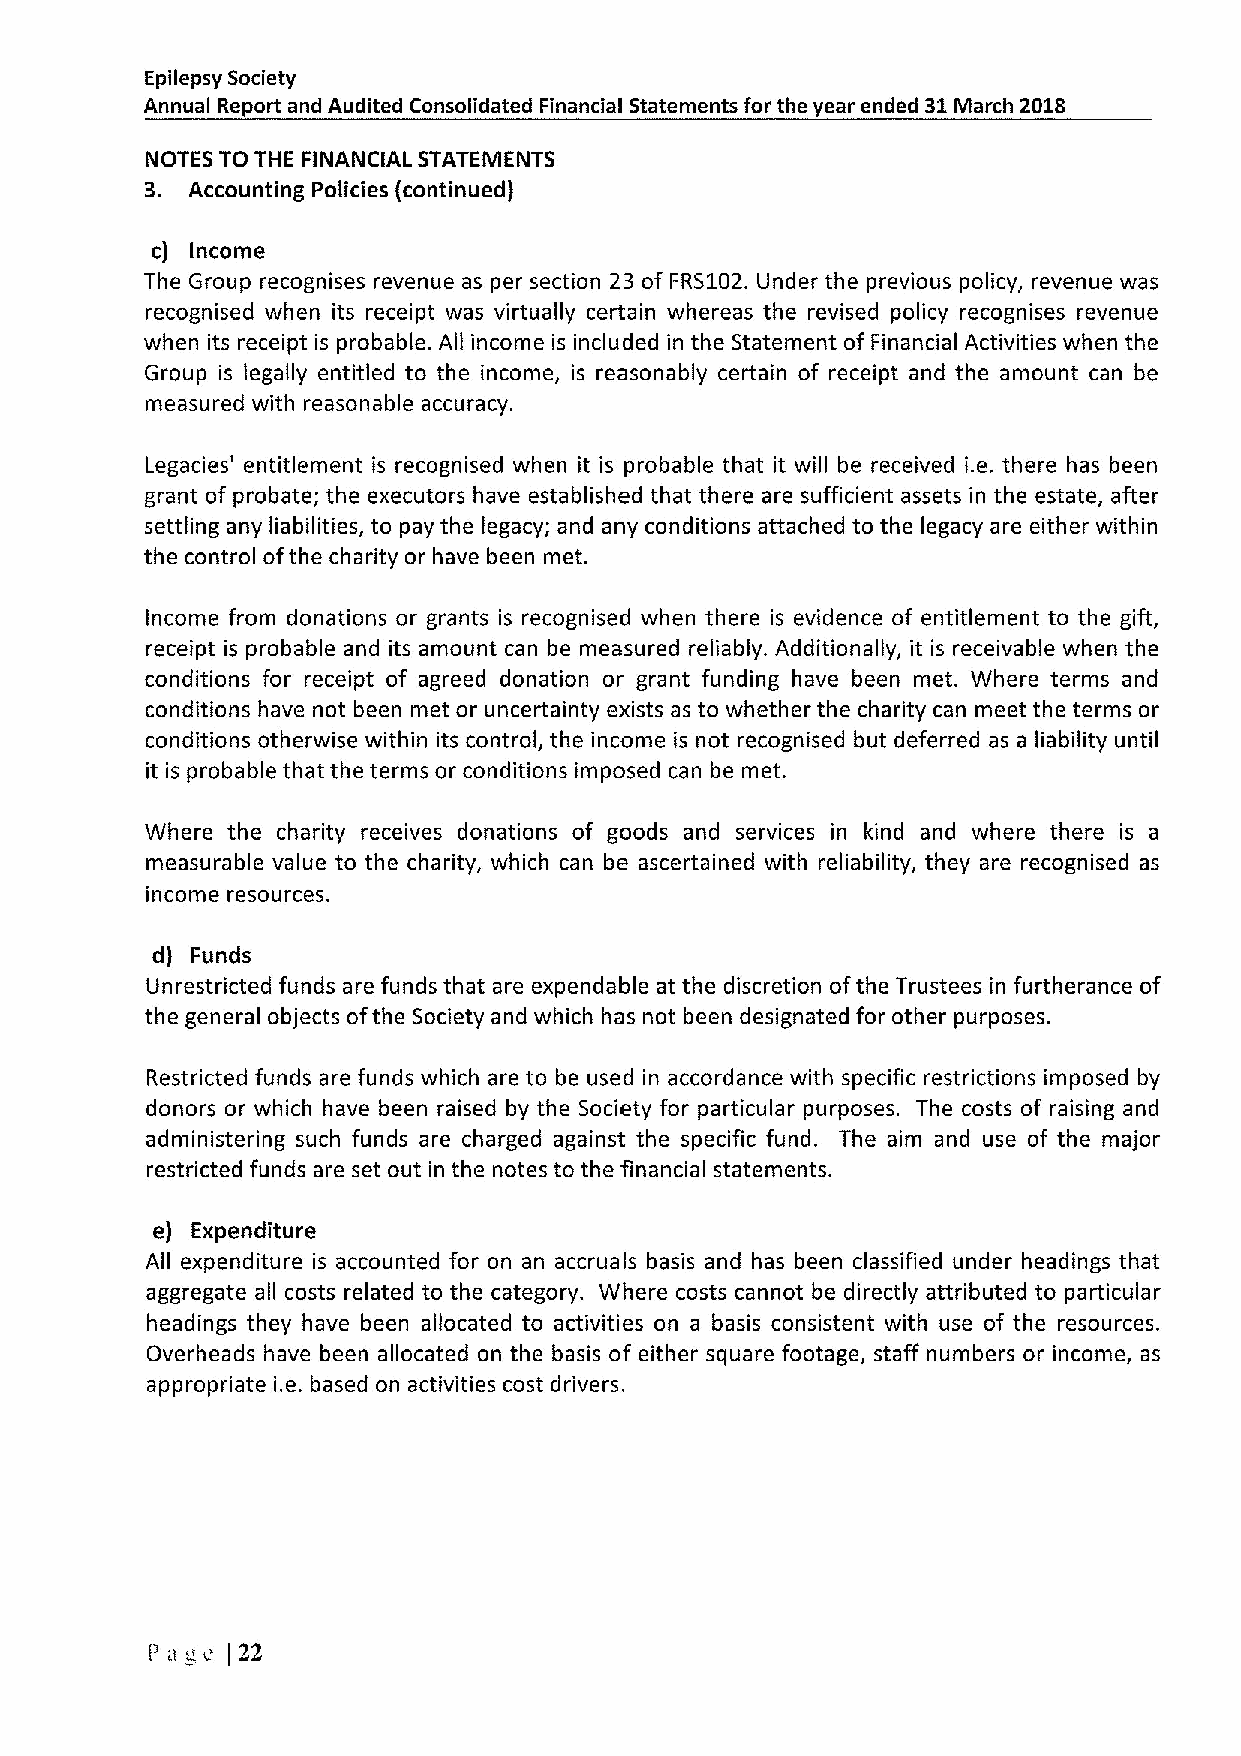
Epilepsy Society
 Annual Report and Audited Consolidated Financial Statements for the year ended 31March 2018
 NOTES TO THE FINANCIAL STATEMENTS
 3. Accounting Policies (continued)
 c) Income
 The Group recognises revenue as per section 23 of FRS102.Under the previous policy, revenue was
 recognised when its receipt was virtually certain whereas the revised policy recognises revenue
 when its receipt is probable. All income is included in the Statement of Financial Activities when the
 Group is legally entitled to the income, is reasonably certain of receipt and the amount can be
 measured with reasonable accuracy.
 Legacies' entitlement is recognised when it is probable that it will be received i.e. there has been
 grant of probate; the executors have established that there are sufficient assets in the estate, after
 settling any liabilities, to pay the legacy; and any conditions attached to the legacy are either within
 the control ofthe charity or have been met.
 Income from donations or grants is recognised when there is evidence of entitlement to the gift,
 receipt is probable and its amount can be measured reliably. Additionally, it is receivable when the
 conditions for receipt of agreed donation or grant funding have been met. Where terms and
 conditions have not been met or uncertainty exists as to whether the charity can meet the terms or
 conditions otherwise within its control, the income is not recognised but deferred as a liability until
 it is probable that the terms or conditions imposed can be met.
 Where the charity receives donations of goods and services in kind and where there is a
 measurable value to the charity, which can be ascertained with reliability, they are recognised as
 income resources.
 d) Funds
 Unrestricted funds are funds that are expendable at the discretion ofthe Trustees in furtherance of
 the general objects ofthe Society and which has not been designated for other purposes.
 Restricted funds are funds which are to be used in accordance with specific restrictions imposed by
 donors or which have been raised by the Society for particular purposes. The costs of raising and
 administering such funds are charged against the specific fund. The aim and use of the major
 restricted funds are set out in the notes to the financial statements.
 e) Expenditure
 All expenditure is accounted for on an accruals basis and has been classified under headings that
 aggregate all costs related to the category. Where costs cannot be directly attributed to particular
 headings they have been allocated to activities on a basis consistent with use of the resources.
 Overheads have been allocated on the basis of either square footage, staff numbers or income, as
 appropriate i.e. based on activities cost drivers.
 Pa ~c (22